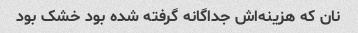
نان که هزینه‌اش جداگانه گرفته شده بود خشک بود